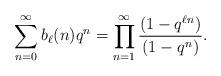
LaTeX: \begin{align*} \sum_{n=0}^{\infty}b_{\ell}(n)q^n=\prod_{n=1}^{\infty}\frac{(1-q^{\ell n})}{(1-q^n)}.\end{align*}